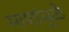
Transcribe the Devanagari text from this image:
माशांमुळे